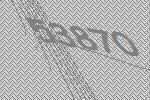
53870